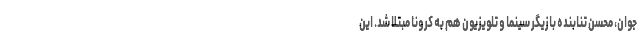
جوان، محسن تنابنده بازیگر سینما و تلویزیون هم به کرونا مبتلا شد. این